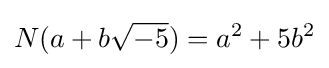
N(a+b{\sqrt {-5}})=a^{2}+5b^{2}